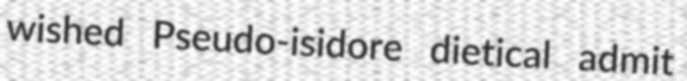
wished Pseudo-isidore dietical admit